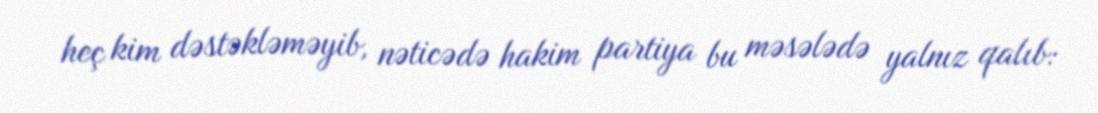
heç kim dəstəkləməyib, nəticədə hakim partiya bu məsələdə yalnız qalıb: